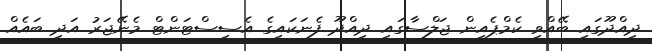
ދިއްދޫގައި ބޭއްވި ކެމްޕެއިން ޖަލްސާގައި ދިއްދޫ ފެނަކައިގެ އެސިސްޓަންޓް މެނޭޖަރު އަދި ބައެއް